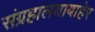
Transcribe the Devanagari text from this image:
संग्रहालयाबाहेर